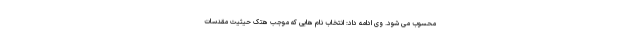
محسوب می شود. وی ادامه داد: انتخاب نام هایی که موجب هتک حیثیت مقدسات